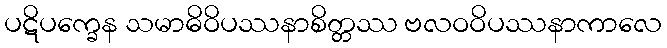
ပဋိပက္ခေန သမာဓိဝိပဿနာစိတ္တဿ ဗလဝဝိပဿနာကာလေ